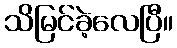
သိမြင်ခဲ့လေပြီ။